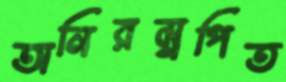
অনিরম্নপিত